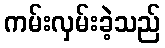
ကမ်းလှမ်းခဲ့သည်